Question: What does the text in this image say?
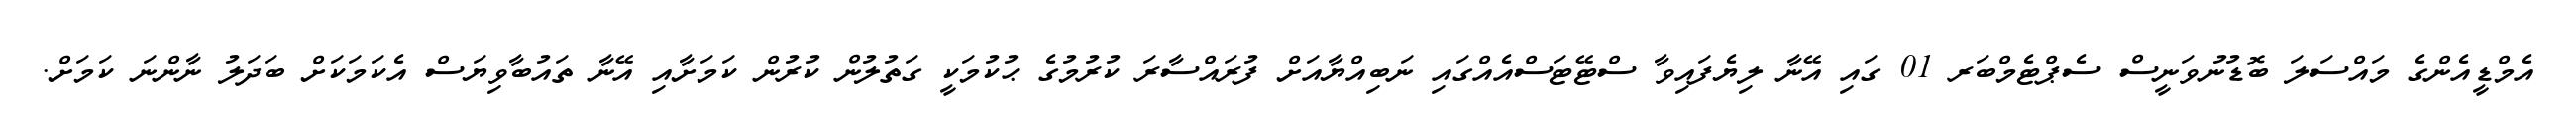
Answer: އެމްޑީއެންގެ މައްސަލަ ބޮޑުނުވަނީސް ސެޕްޓެމްބަރ 01 ގައި އޭނާ ލިޔެފައިވާ ސްޓޭޓަސްއެއްގައި ނަބިއްޔާއަށް ފުރައްސާރަ ކުރުމުގެ ޙުކުމަކީ ގަތުލުން ކުރުން ކަމަށާއި އޭނާ ތައުބާވިޔަސް އެކަމަކަށް ބަދަލު ނާންނަ ކަމަށް.